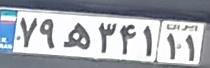
۷۹ه۳۴۱۱۱